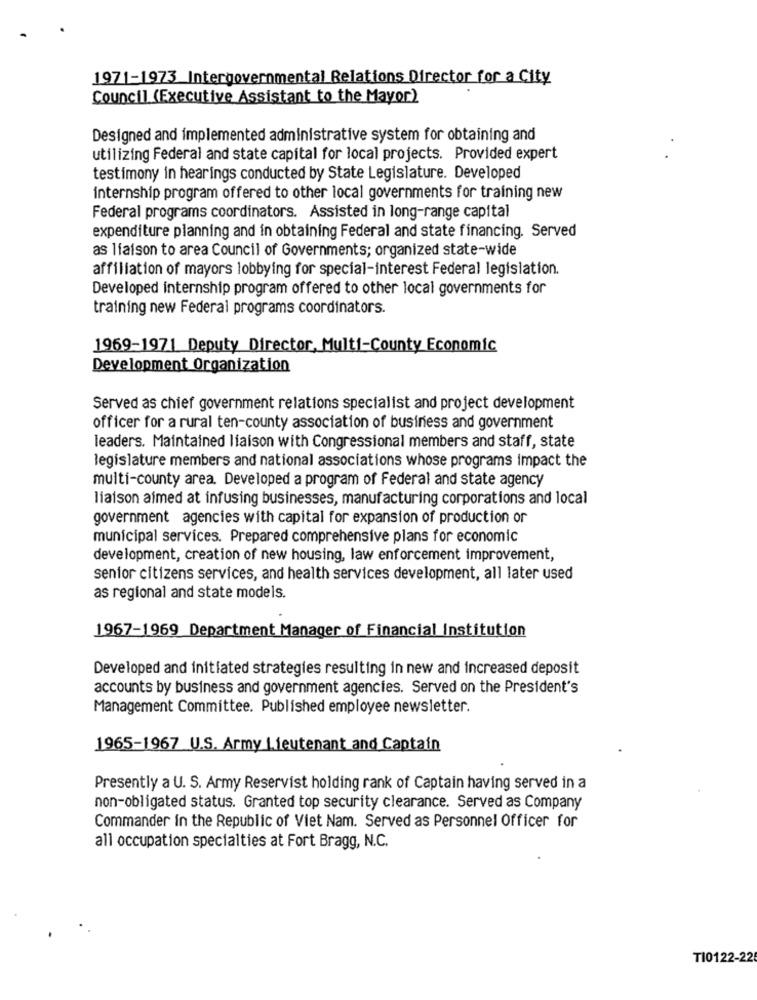
1971-1973 Intergovernmental Relations Director for a City
Council (Executive Assistant to the Mayor)
Designed and implemented administrative system for obtaining and
utilizing Federal and state capital for local projects. Provided expert
testimony in hearings conducted by State Legislature. Developed
internship program offered to other local governments for training new
Federal programs coordinators. Assisted in long-range capital
expenditure planning and in obtaining Federal and state financing. Served
as liaison to area Council of Governments; organized state-wide
affiliation of mayors lobbying for special-interest Federal legislation.
Developed internship program offered to other local governments for
training new Federal programs coordinators.
1969-1971 Deputy Director, Multi-County Economic
Development Organization
Served as chief government relations specialist and project development
officer for a rural ten-county association of business and government
leaders. Maintained liaison with Congressional members and staff, state
legislature members and national associations whose programs impact the
multi-county area. Developed a program of Federal and state agency
liaison aimed at infusing businesses, manufacturing corporations and local
government agencies with capital for expansion of production or
municipal services. Prepared comprehensive plans for economic
development, creation of new housing, law enforcement improvement,
senior citizens services, and health services development, all later used
as regional and state models.
1967-1969 Department Manager of Financial Institution
Developed and initiated strategies resulting in new and increased deposit
accounts by business and government agencies. Served on the President's
Management Committee. Published employee newsletter.
1965-1967 U.S. Army Lieutenant and Captain
Presently a U. S. Army Reservist holding rank of Captain having served in a
non-obligated status. Granted top security clearance. Served as Company
Commander in the Republic of Viet Nam. Served as Personnel Officer for
all occupation specialties at Fort Bragg, N.C.
TI0122-22